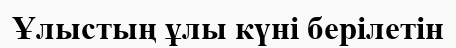
Ұлыстың ұлы күні берілетін